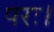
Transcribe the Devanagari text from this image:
परः।